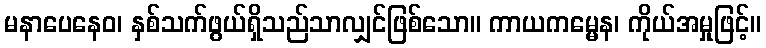
မနာပေနေဝ၊ နှစ်သက်ဖွယ်ရှိသည်သာလျှင်ဖြစ်သော။ ကာယကမ္မေန၊ ကိုယ်အမှုဖြင့်။